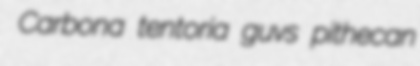
Carbona tentoria guvs pithecan